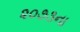
૨૦૭૩ના